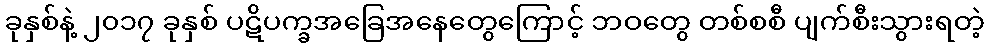
ခုနှစ်နဲ့ ၂၀၁၇ ခုနှစ် ပဋိပက္ခအခြေအနေတွေကြောင့် ဘဝတွေ တစ်စစီ ပျက်စီးသွားရတဲ့